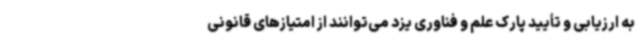
به ارزیابی و تأیید پارک علم و فناوری یزد می‌توانند از امتیازهای قانونی